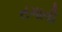
તગાવી